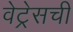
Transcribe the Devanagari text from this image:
वेट्रेसची